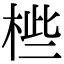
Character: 𣒄